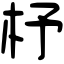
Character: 杼